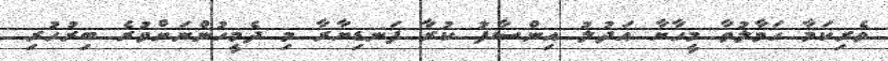
ވެރިކަމާ ހަވާލުވާ މީހާޔާ އަދުލު އިންސާފު ކުރާ ފަނޑިޔާރާ މި ދެމީހުންނަށްވުރެ ބިރުހުރި